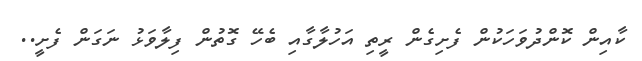
ކާއިން ކޮންދުވަހަކުން ފެށިގެން ރީތި އަހުލާގާއި ބެހޭ ގޮތުން ފިލާވަޅު ނަގަން ފެށީ..